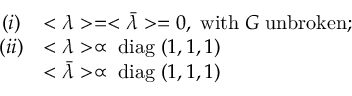
\begin{array} { c l } { { ( i ) } } & { { < \lambda > = < \bar { \lambda } > = 0 , \; \mathrm { w i t h } \; G \; \mathrm { u n b r o k e n } ; \strut } } \\ { { ( i i ) } } & { { < \lambda > \propto \; \mathrm { d i a g } \; ( 1 , 1 , 1 ) \strut } } \\ { { } } & { { < \bar { \lambda } > \propto \; \mathrm { d i a g } \; ( 1 , 1 , 1 ) } } \end{array}